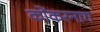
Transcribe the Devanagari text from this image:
कोंकरनाग